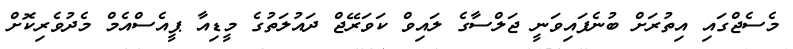
މެސެޖްގައި އިތުރަށް ބުނެފައިވަނީ ޖަލްސާގެ ލައިވް ކަވަރޭޖް ދައުލަތުގެ މީޑިއާ ޕީއެސްއެމް މެދުވެރިކޮށް